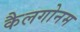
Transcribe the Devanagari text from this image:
कैलगोनम